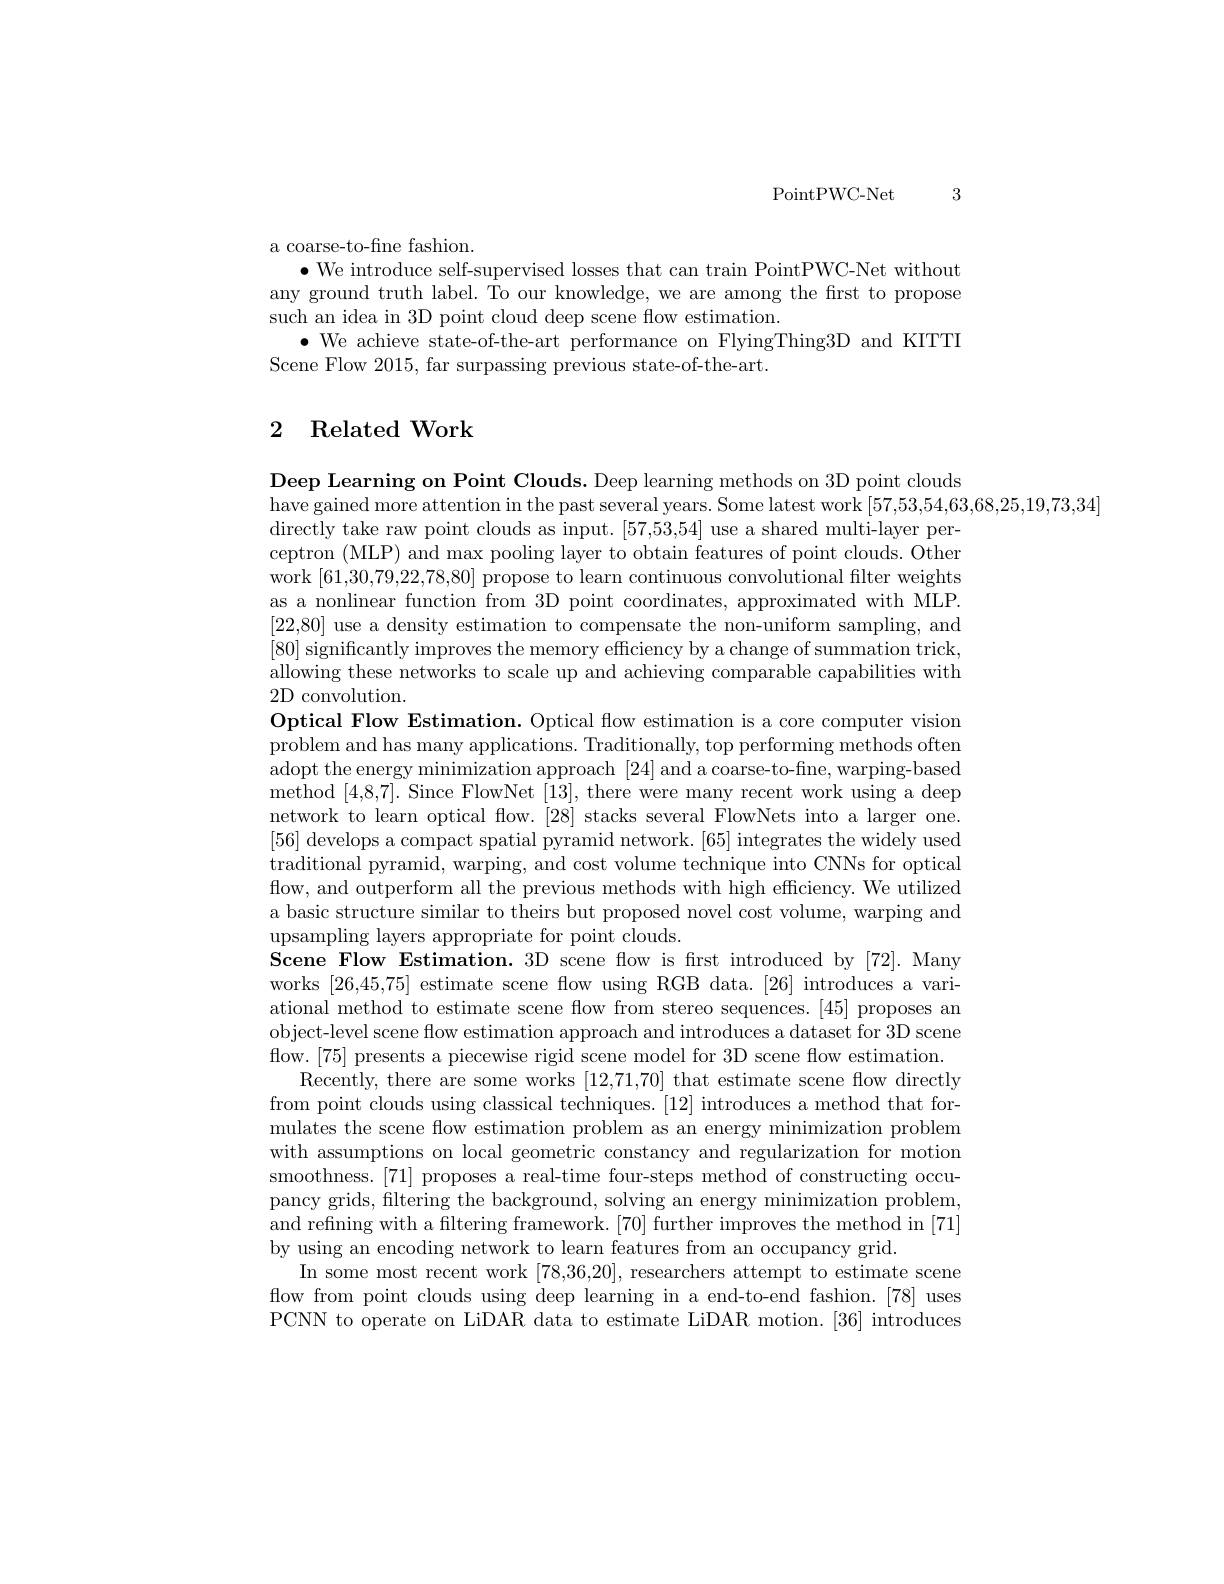
3

PointPWC- Net

a coarse-to-fine fashion.
$\bullet$ We introduce self-supervised losses that can train PointPWC-Net without any ground truth label. To our knowledge, we are among the first to propose such an idea in 3D point cloud deep scene flow estimation.
$\bullet$ We achieve state-of-the-art performance on FlyingThing3D and KITTI
Scene Flow 2015, far surpassing previous state-of-the-art.

### 2 Related Work

Deep Learning on Point Clouds. Deep learning methods on 3D point clouds
have gained more attention in the past several years. Some latest work [57,53,54,63,68,25,19,73,34]
directly take raw point clouds as input. [57,53,54] use a shared multi-layer perceptron (MLP) and max pooling layer to obtain features of point clouds. Other work [61,30,79,22,78,80] propose to learn continuous convolutional filter weights as a nonlinear function from 3D point coordinates, approximated with MLP. [22,80] use a density estimation to compensate the non-uniform sampling, and [80] significantly improves the memory efficiency by a change of summation trick, allowing these networks to scale up and achieving comparable capabilities with 2D convolution.
Optical Flow Estimation. Optical flow estimation is a core computer vision problem and has many applications. Traditionally, top performing methods often adopt the energy minimization approach [24] and a coarse-to-fine, warping-based method [4,8,7]. Since FlowNet [13], there were many recent work using a deep network to learn optical flow. [28] stacks several FlowNets into a larger one. [56] develops a compact spatial pyramid network. [65] integrates the widely used traditional pyramid, warping, and cost volume technique into CNNs for optical flow, and outperform all the previous methods with high efficiency. We utilized a basic structure similar to theirs but proposed novel cost volume, warping and upsampling layers appropriate for point clouds.
Scene Flow Estimation. 3D scene flow is frst introduced by [72]. Many works [26,45,75] estimate scene flow using RGB data.[26] introduces a variational method to estimate scene flow from stereo sequences.[45] proposes an object-level scene flow estimation approach and introduces a dataset for 3D scene flow.[75] presents a piecewise rigid scene model for 3D scene flow estimation.
Recently, there are some works [12,71,70] that estimate scene flow directly from point clouds using classical techniques. [12] introduces a method that formulates the scene flow estimation problem as an energy minimization problem with assumptions on local geometric constancy and regularization for motion smoothness.[71] proposes a real-time four-steps method of constructing occupancy grids, filtering the background, solving an energy minimization problem, and refining with a filtering framework. [70] further improves the method in [71] by using an encoding network to learn features from an occupancy grid.
In some most recent work [78,36,20], researchers attempt to estimate scene flow from point clouds using deep learning in a end-to-end fashion.[78] uses PCNN to operate on LiDAR data to estimate LiDAR motion.[36] introduces